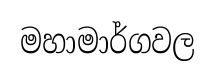
මහාමාර්ගවල